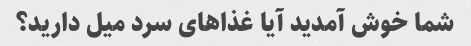
شما خوش آمدید آیا غذاهای سرد میل دارید؟